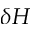
\delta H